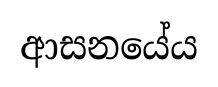
ආසනයේය